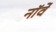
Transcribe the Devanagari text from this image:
नाॅर्वे